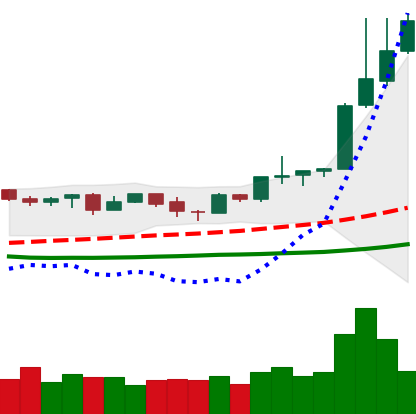
Ticker: NEO-USD
Chart end date: 2019-04-05
Forward return: -7.847%
Label: down_7plus